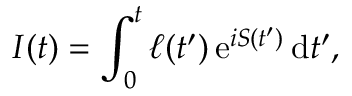
I ( t ) = \int _ { 0 } ^ { t } \ell ( t ^ { \prime } ) \, \mathrm { e } ^ { i S ( t ^ { \prime } ) } \, \mathrm { d } t ^ { \prime } ,